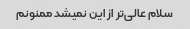
سلام عالی‌تر از این نمیشد ممنونم